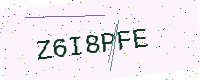
Text: Z6I8PFE